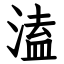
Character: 溘